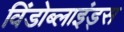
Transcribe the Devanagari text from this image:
विंडोब्लाइंड्स